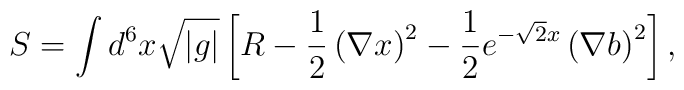
S= \int d^6 x \sqrt{|g|} \left[ R-\frac{1}{2}\left( \nabla x \right)^2-\frac{1}{2} e^{-\sqrt{2} x} \left( \nabla b \right)^2 \right] ,